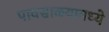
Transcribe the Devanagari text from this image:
पावसाळयामध्ये